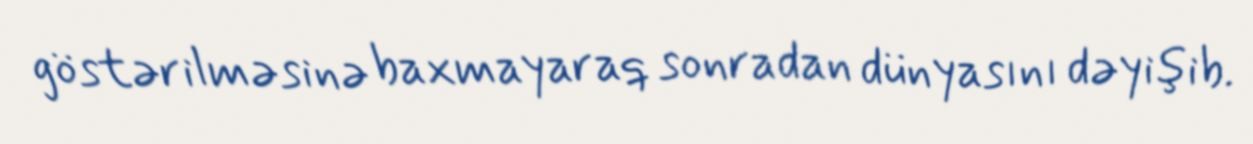
göstərilməsinə baxmayaraq sonradan dünyasını dəyişib.